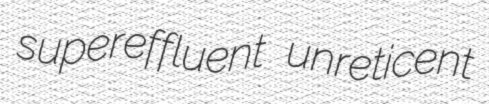
supereffluent unreticent